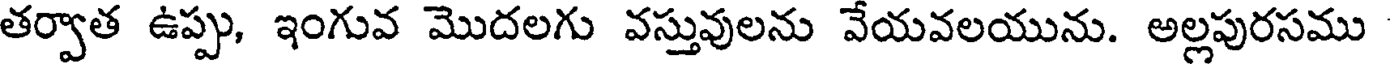
తర్వాత ఉప్పు, ఇంగువ మొదలగు వస్తువులను వేయవలయును. అల్లపురసము